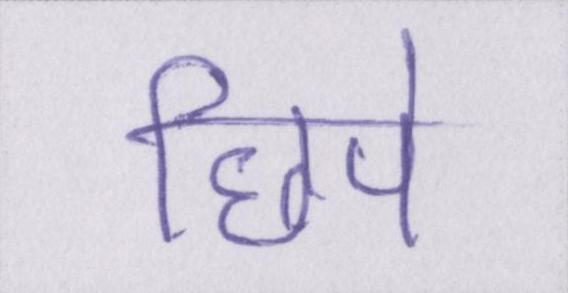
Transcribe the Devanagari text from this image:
छिपे